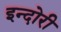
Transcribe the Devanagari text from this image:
इन्दोरी